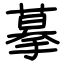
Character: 摹